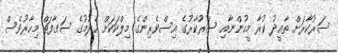
ސަރުކާރަށް ތާއީދު ކުރާ މީހުންނާއި ސަރުކާރުގެ އިސްވެރިންގެ މިލްކަކަށް ހެދުމުގެ ސަގާފަތް މިހާރުވެސް